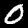
Digit: 0